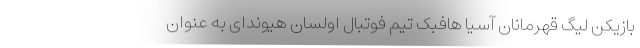
بازیکن لیگ قهرمانان آسیا هافبک تیم فوتبال اولسان هیوندای به عنوان